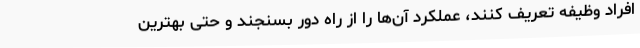
افراد وظیفه تعریف کنند، عملکرد آن‌ها را از راه دور بسنجند و حتی بهترین